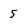
Character: 5